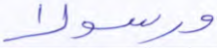
ورسولا